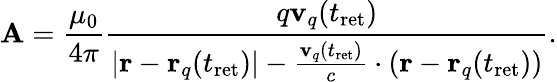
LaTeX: \mathbf{A}={\frac{\mu_{0}}{4\pi}}{\frac{q\mathbf{v}_{q}(t_{\mathrm{{ret}}})}{\left|\mathbf{r}-\mathbf{r}_{q}(t_{\mathrm{{ret}}})\right|-{\frac{\mathbf{v}_{q}(t_{\mathrm{{ret}}})}{c}}\cdot(\mathbf{r}-\mathbf{r}_{q}(t_{\mathrm{{ret}}}))}}.